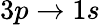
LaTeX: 3p\to 1s